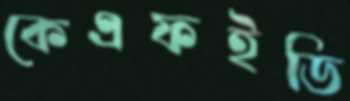
কেএফইডি